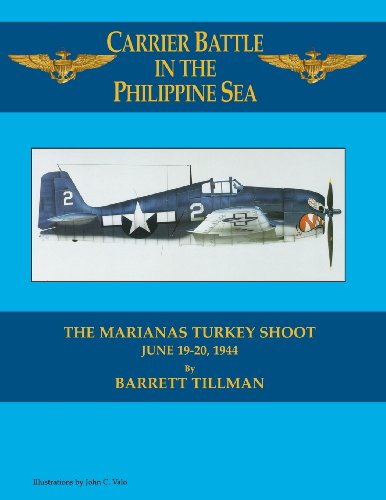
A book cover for Carrier Battle in the Philippine Sea: The Marianas Turkey Shoot, June 19-20, 1944; Barrett Tillman; History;